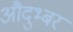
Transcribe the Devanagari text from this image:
औदुभ्बर